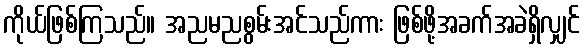
ကိုယ်ဖြစ်ကြသည်။ အညမညစွမ်းအင်သည်ကား ဖြစ်ဖို့အခက်အခဲရှိလျှင်